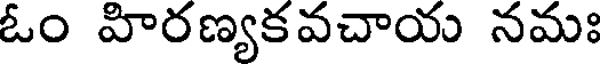
ఓం హిరణ్యకవచాయ నమః